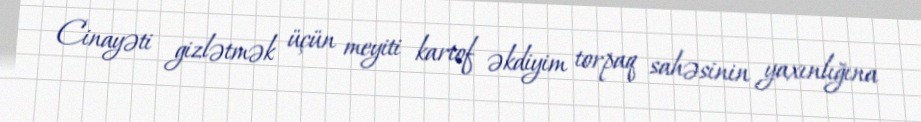
Cinayəti gizlətmək üçün meyiti kartof əkdiyim torpaq sahəsinin yaxınlığına